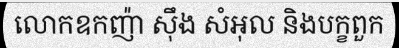
លោកឧកញ៉ា ស៊ឹង សំអុល និងបក្ខពួក